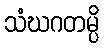
သံဃဂတမ္ပိ